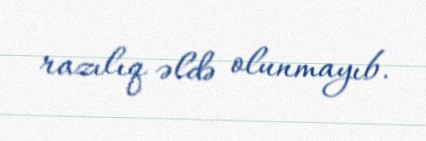
razılıq əldə olunmayıb.